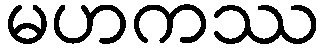
မဟကဿ